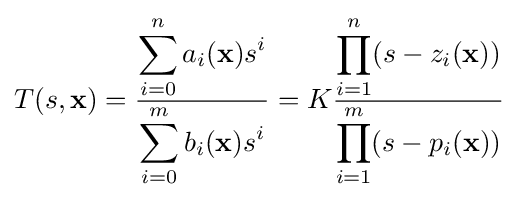
T(s,\mathbf {x} )={\frac {\displaystyle \sum _{i=0}^{n}a_{i}(\mathbf {x} )s^{i}}{\displaystyle \sum _{i=0}^{m}b_{i}(\mathbf {x} )s^{i}}}=K{\frac {\displaystyle \prod _{i=1}^{n}(s-z_{i}(\mathbf {x} ))}{\displaystyle \prod _{i=1}^{m}(s-p_{i}(\mathbf {x} ))}}